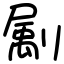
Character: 㔉